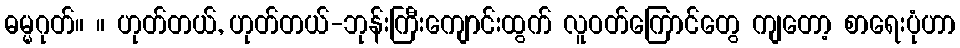
ဓမ္မဂုတ်။ ။ ဟုတ်တယ်, ဟုတ်တယ်-ဘုန်းကြီးကျောင်းထွက် လူဝတ်ကြောင်တွေ ကျတော့ စာရေးပုံဟာ